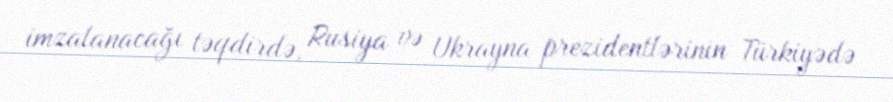
imzalanacağı təqdirdə, Rusiya və Ukrayna prezidentlərinin Türkiyədə